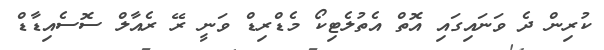
ކުރިން ދެ ވަނައިގައި އޮތް އެތުލެޓިކޯ މެޑްރިޑް ވަނީ ރޭ ރެއާލް ސޮސެއިޑާޑް